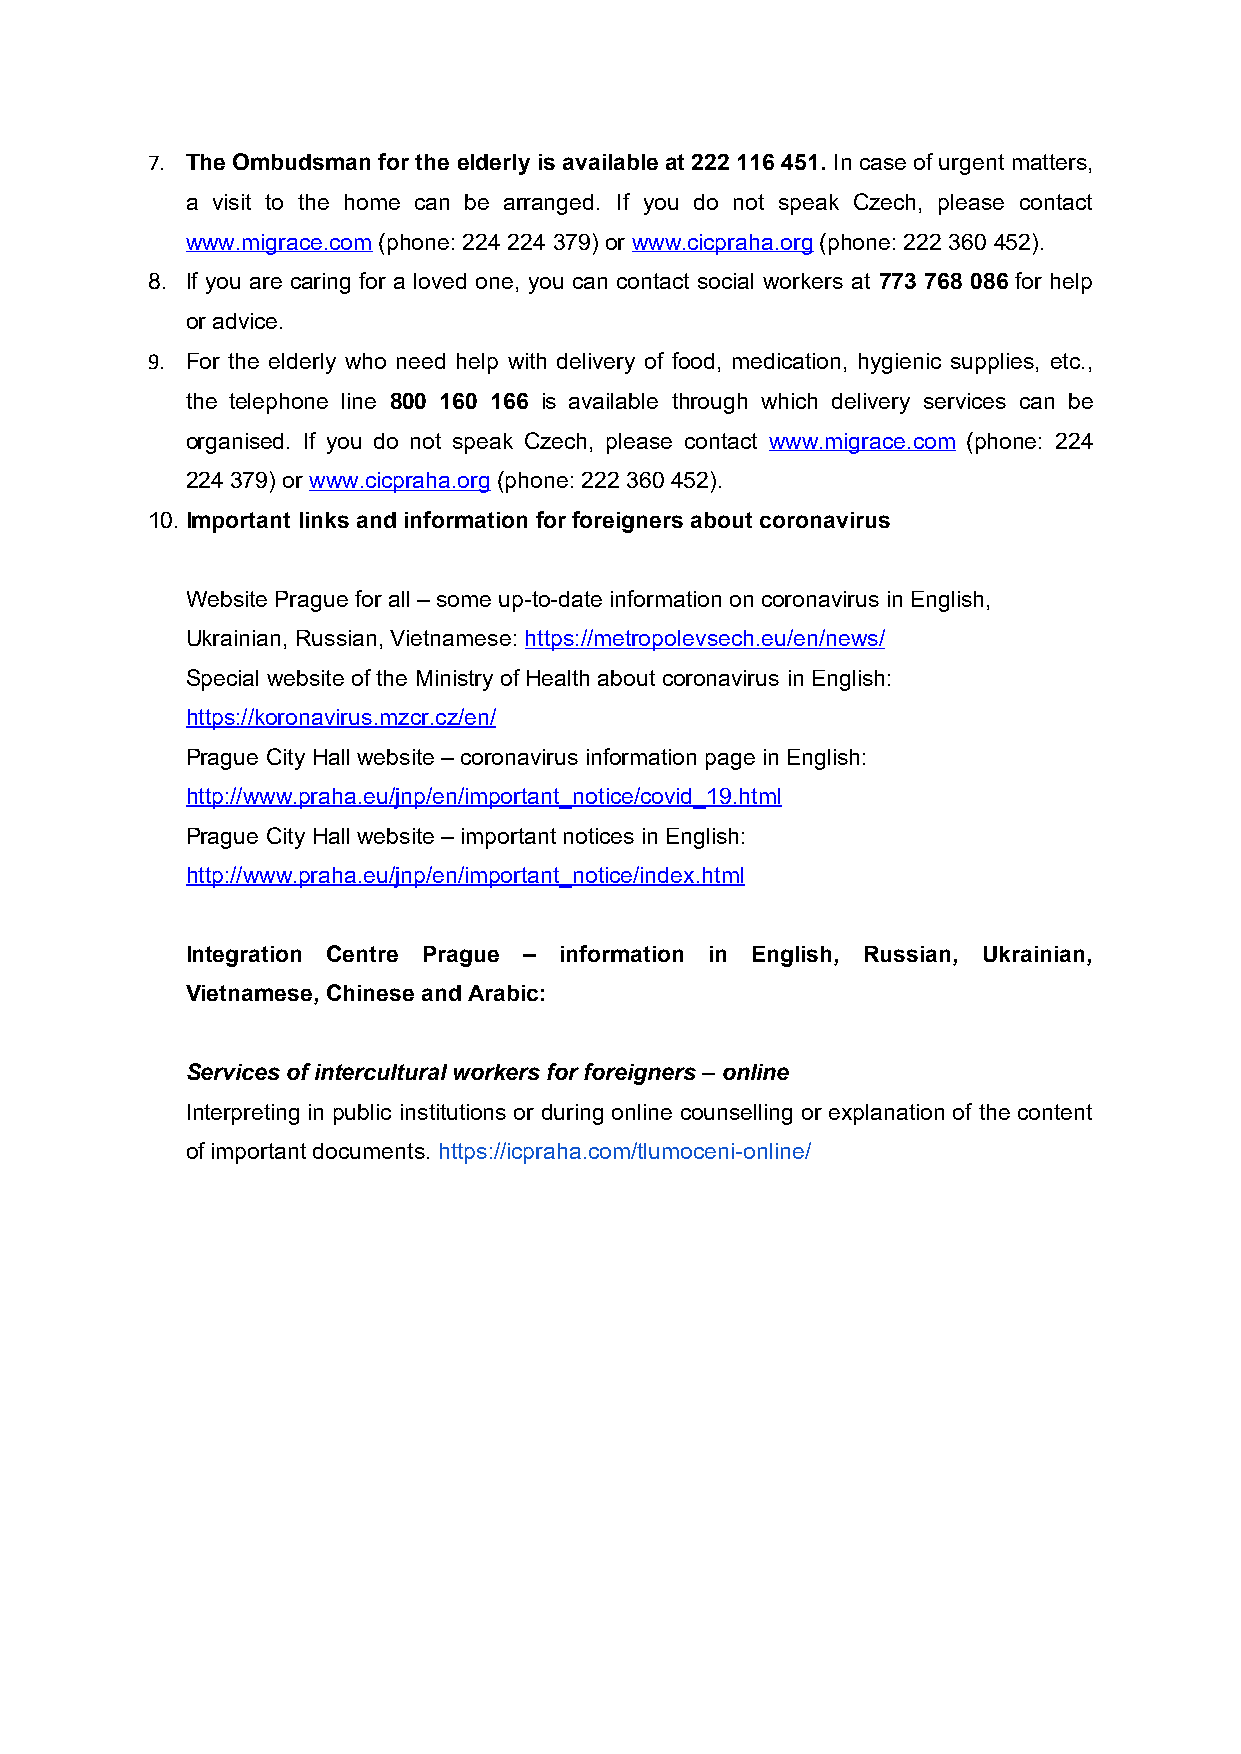
7. The Ombudsman for the elderly is available at 222 116 451. In case of urgent matters,
 a visit to the home can be arranged. If you do not speak Czech, please contact
 www.migrace.com (phone: 224 224 379) or www.cicpraha.org (phone: 222 360 452).
 8. If you are caring for a loved one, you can contact social workers at 773 768 086 for help
 or advice.
 9. For the elderly who need help with delivery of food, medication, hygienic supplies, etc.,
 the telephone line 800 160 166 is available through which delivery services can be
 organised. If you do not speak Czech, please contact www.migrace.com (phone: 224
 224 379) or www.cicpraha.org (phone: 222 360 452).
 10.Important links and information for foreigners about coronavirus
 Website Prague for all – some up-to-date information on coronavirus in English,
 Ukrainian, Russian, Vietnamese: https://metropolevsech.eu/en/news/
 Special website of the Ministry of Health about coronavirus in English:
 https://koronavirus.mzcr.cz/en/
 Prague City Hall website – coronavirus information page in English:
 http://www.praha.eu/jnp/en/important_notice/covid_19.html
 Prague City Hall website – important notices in English:
 http://www.praha.eu/jnp/en/important_notice/index.html
 Integration Centre Prague – information in English, Russian, Ukrainian,
 Vietnamese, Chinese and Arabic:
 Services of intercultural workers for foreigners – online
 Interpreting in public institutions or during online counselling or explanation of the content
 of important documents. https://icpraha.com/tlumoceni-online/